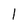
Character: 1